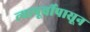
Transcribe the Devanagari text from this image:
त्यापूर्वीपासून